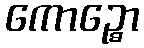
ကောဉ္စော